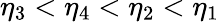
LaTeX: \eta_{3}<\eta_{4}<\eta_{2}<\eta_{1}